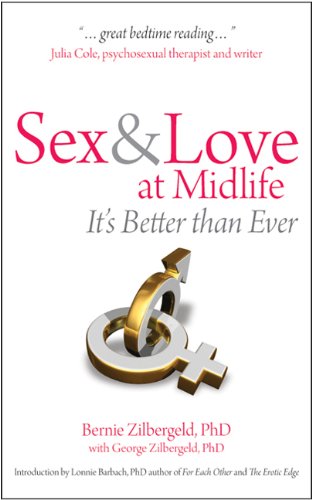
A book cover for Sex & Love at Midlife: It's Better Than Ever; Bernie Zilbergeld; Self-Help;